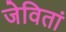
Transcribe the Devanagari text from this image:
जेवितां